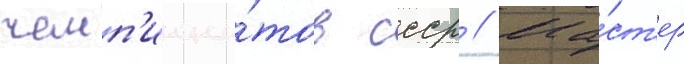
чемп'иона́тов ссср // Ма́ст'ер